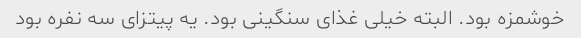
خوشمزه بود. البته خیلی غذای سنگینی بود. یه پیتزای سه نفره بود